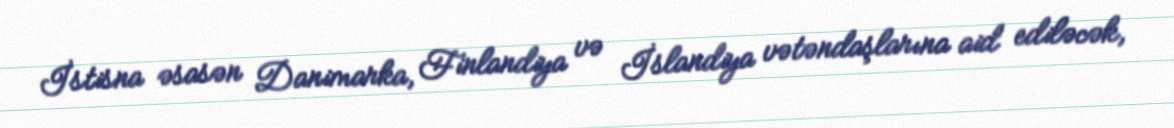
İstisna əsasən Danimarka, Finlandiya və İslandiya vətəndaşlarına aid ediləcək,